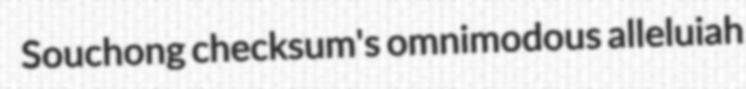
Souchong checksum's omnimodous alleluiah